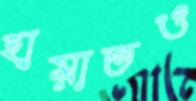
হায়াতও